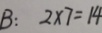
B : 2 \times 7 = 1 4